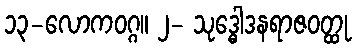
၁၃-လောကဝဂ္ဂ။ ၂- သုဒ္ဓေါဒနရာဇဝတ္ထု